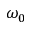
\omega _ { 0 }